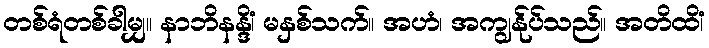
တစ်ရံတစ်ခါမျှ။ နာဘိနန္ဒိံ၊ မနှစ်သက်။ အဟံ၊ အကျွန်ုပ်သည်။ အတိထိံ၊